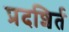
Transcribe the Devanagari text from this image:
प्रदशिर्त